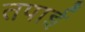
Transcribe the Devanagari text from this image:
तपाई